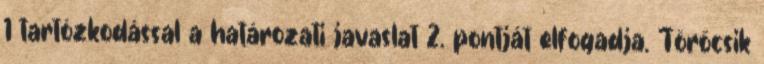
1 tartózkodással a határozati javaslat 2. pontját elfogadja. Törőcsik